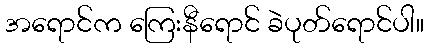
အရောင်က ကြေးနီရောင် ခဲပုတ်ရောင်ပါ။